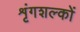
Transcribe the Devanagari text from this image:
शृंगशल्कों